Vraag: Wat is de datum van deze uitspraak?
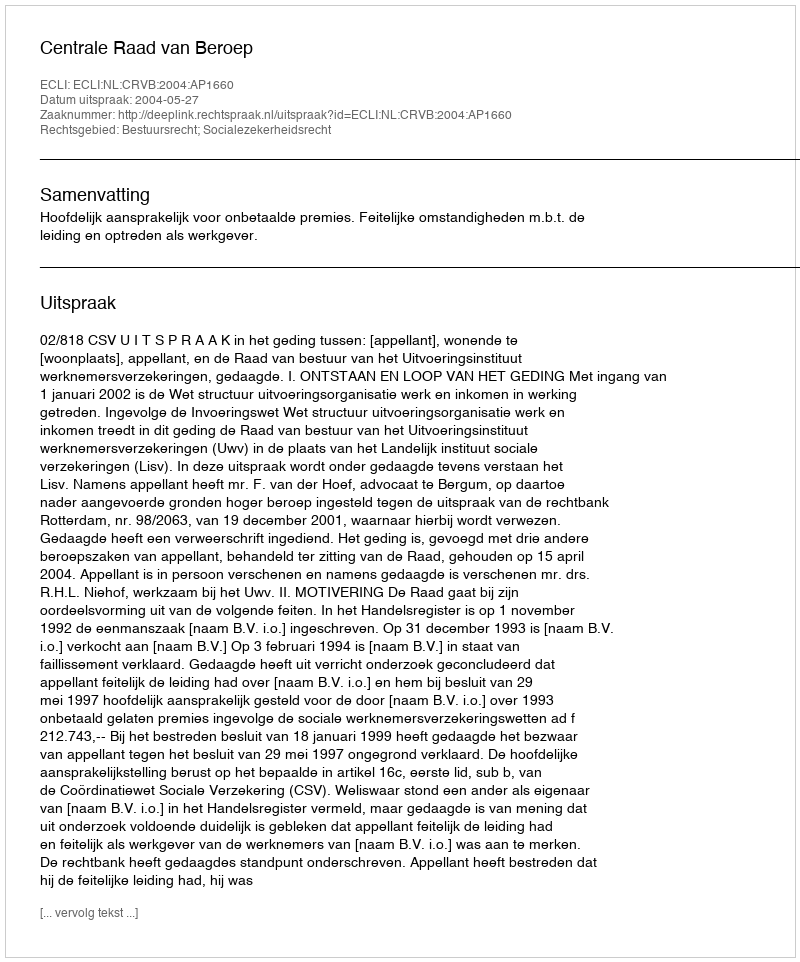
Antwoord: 2004-05-27